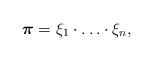
LaTeX: \begin{align*} \boldsymbol{\pi}=\xi_1\cdot\ldots\cdot\xi_n,\end{align*}